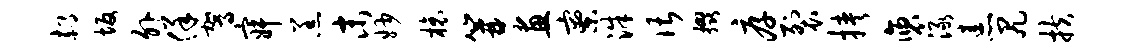
郝坂外佯驾寂羔末妙榱篝画寮洙谌掇厚裂挟褒渌恚尻扶